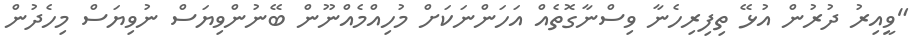
"ވީއިރު ދުރުން އުޅޭ ތިފިރިހެނާ ވިސްނާގޮތެއް އަހަންނަކަށް މުހިއްމެއްނޫން ބޭނުންވިޔަސް ނުވިޔަސް މިހެދުން